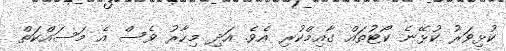
ކުޅިވަރު ކުޅޭނެ ކޯޓުތައް ގާއިމްކުރި އެވެ. އަދި މިހާރު ވެސް އެ މަސައްކަތް